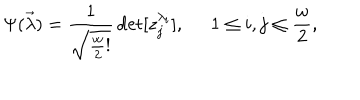
\Psi ( \vec { \lambda } ) = \frac { 1 } { \sqrt { \frac { w } { 2 } ! } } \det [ z _ { j } ^ { \lambda _ { i } } ] , \; \; 1 \leq i , j \leq \frac { w } { 2 } ,